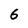
Character: 6